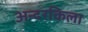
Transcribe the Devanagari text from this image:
अन्दरकिला